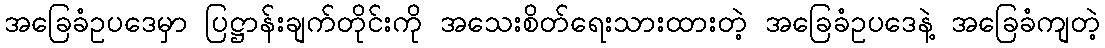
အခြေခံဥပဒေမှာ ပြဋ္ဌာန်းချက်တိုင်းကို အသေးစိတ်ရေးသားထားတဲ့ အခြေခံဥပဒေနဲ့ အခြေခံကျတဲ့